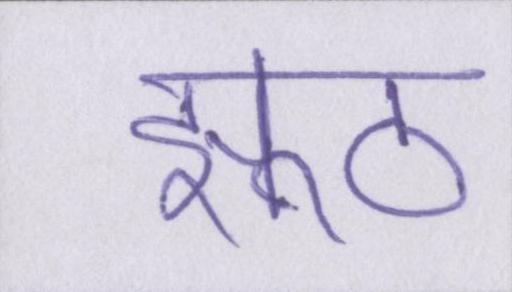
झूठ